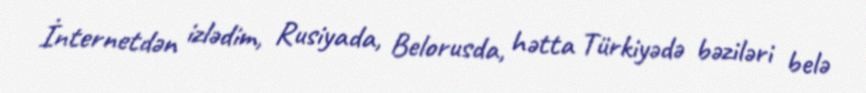
İnternetdən izlədim, Rusiyada, Belorusda, hətta Türkiyədə bəziləri belə